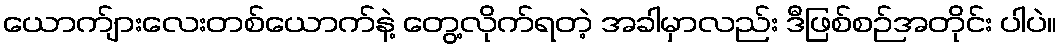
ယောက်ျားလေးတစ်ယောက်နဲ့ တွေ့လိုက်ရတဲ့ အခါမှာလည်း ဒီဖြစ်စဉ်အတိုင်း ပါပဲ။